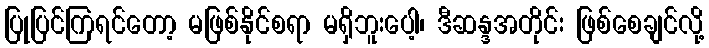
ပြုပြင်ကြရင်တော့ မဖြစ်နိုင်စရာ မရှိဘူးပေါ့၊ ဒီဆန္ဒအတိုင်း ဖြစ်စေချင်လို့